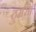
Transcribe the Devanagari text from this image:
ठुमरी।